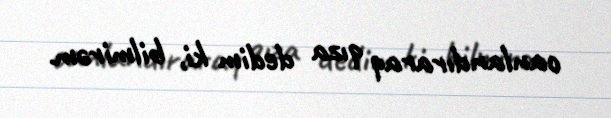
canlandıraraq qıza dedim ki, bilmirəm.